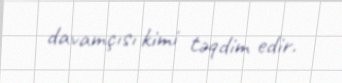
davamçısı kimi təqdim edir.